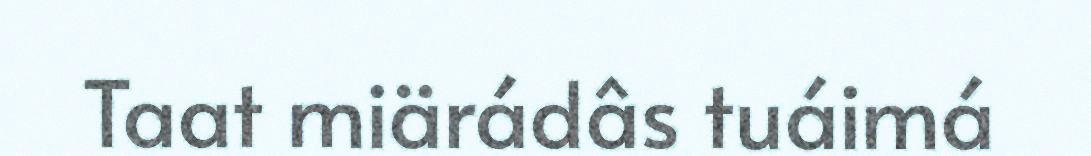
Taat miärádâs tuáimá